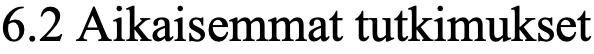
6.2 Aikaisemmat tutkimukset